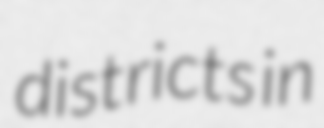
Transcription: districts in